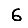
Digit: 6